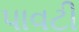
પાવટી